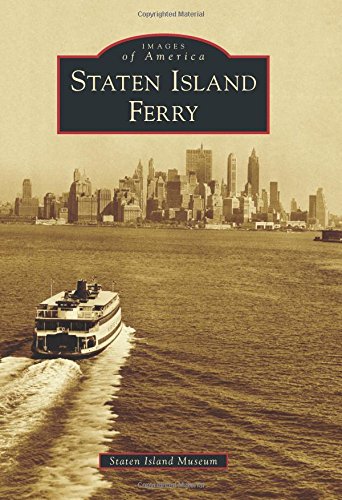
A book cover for Staten Island Ferry (Images of America); Staten Island Museum; Engineering & Transportation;